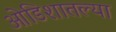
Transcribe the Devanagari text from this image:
ओडिशातल्या